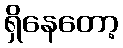
ရှိနေတော့